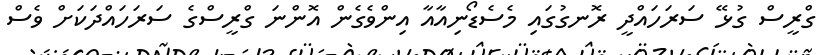
ގްރީސް ގުޅޭ ސަރަހައްދީ ރޮނގުގައި މެސެޑޯނިއާއާ އިންވެގެން އޮންނަ ގްރީސްގެ ސަރަހައްދަކަށް ވެސް